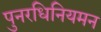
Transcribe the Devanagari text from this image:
पुनरधिनियमन